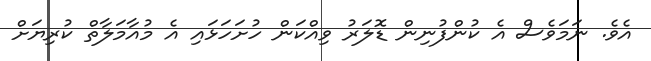
އެވެ. ނަމަވެސް އެ ކުންފުނިން ޑޮލަރު ވިއްކަން ހުށަހަޅައި އެ މުއާމަލާތް ކުރިޔަށް